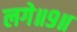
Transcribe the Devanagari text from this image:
लगे॥९॥